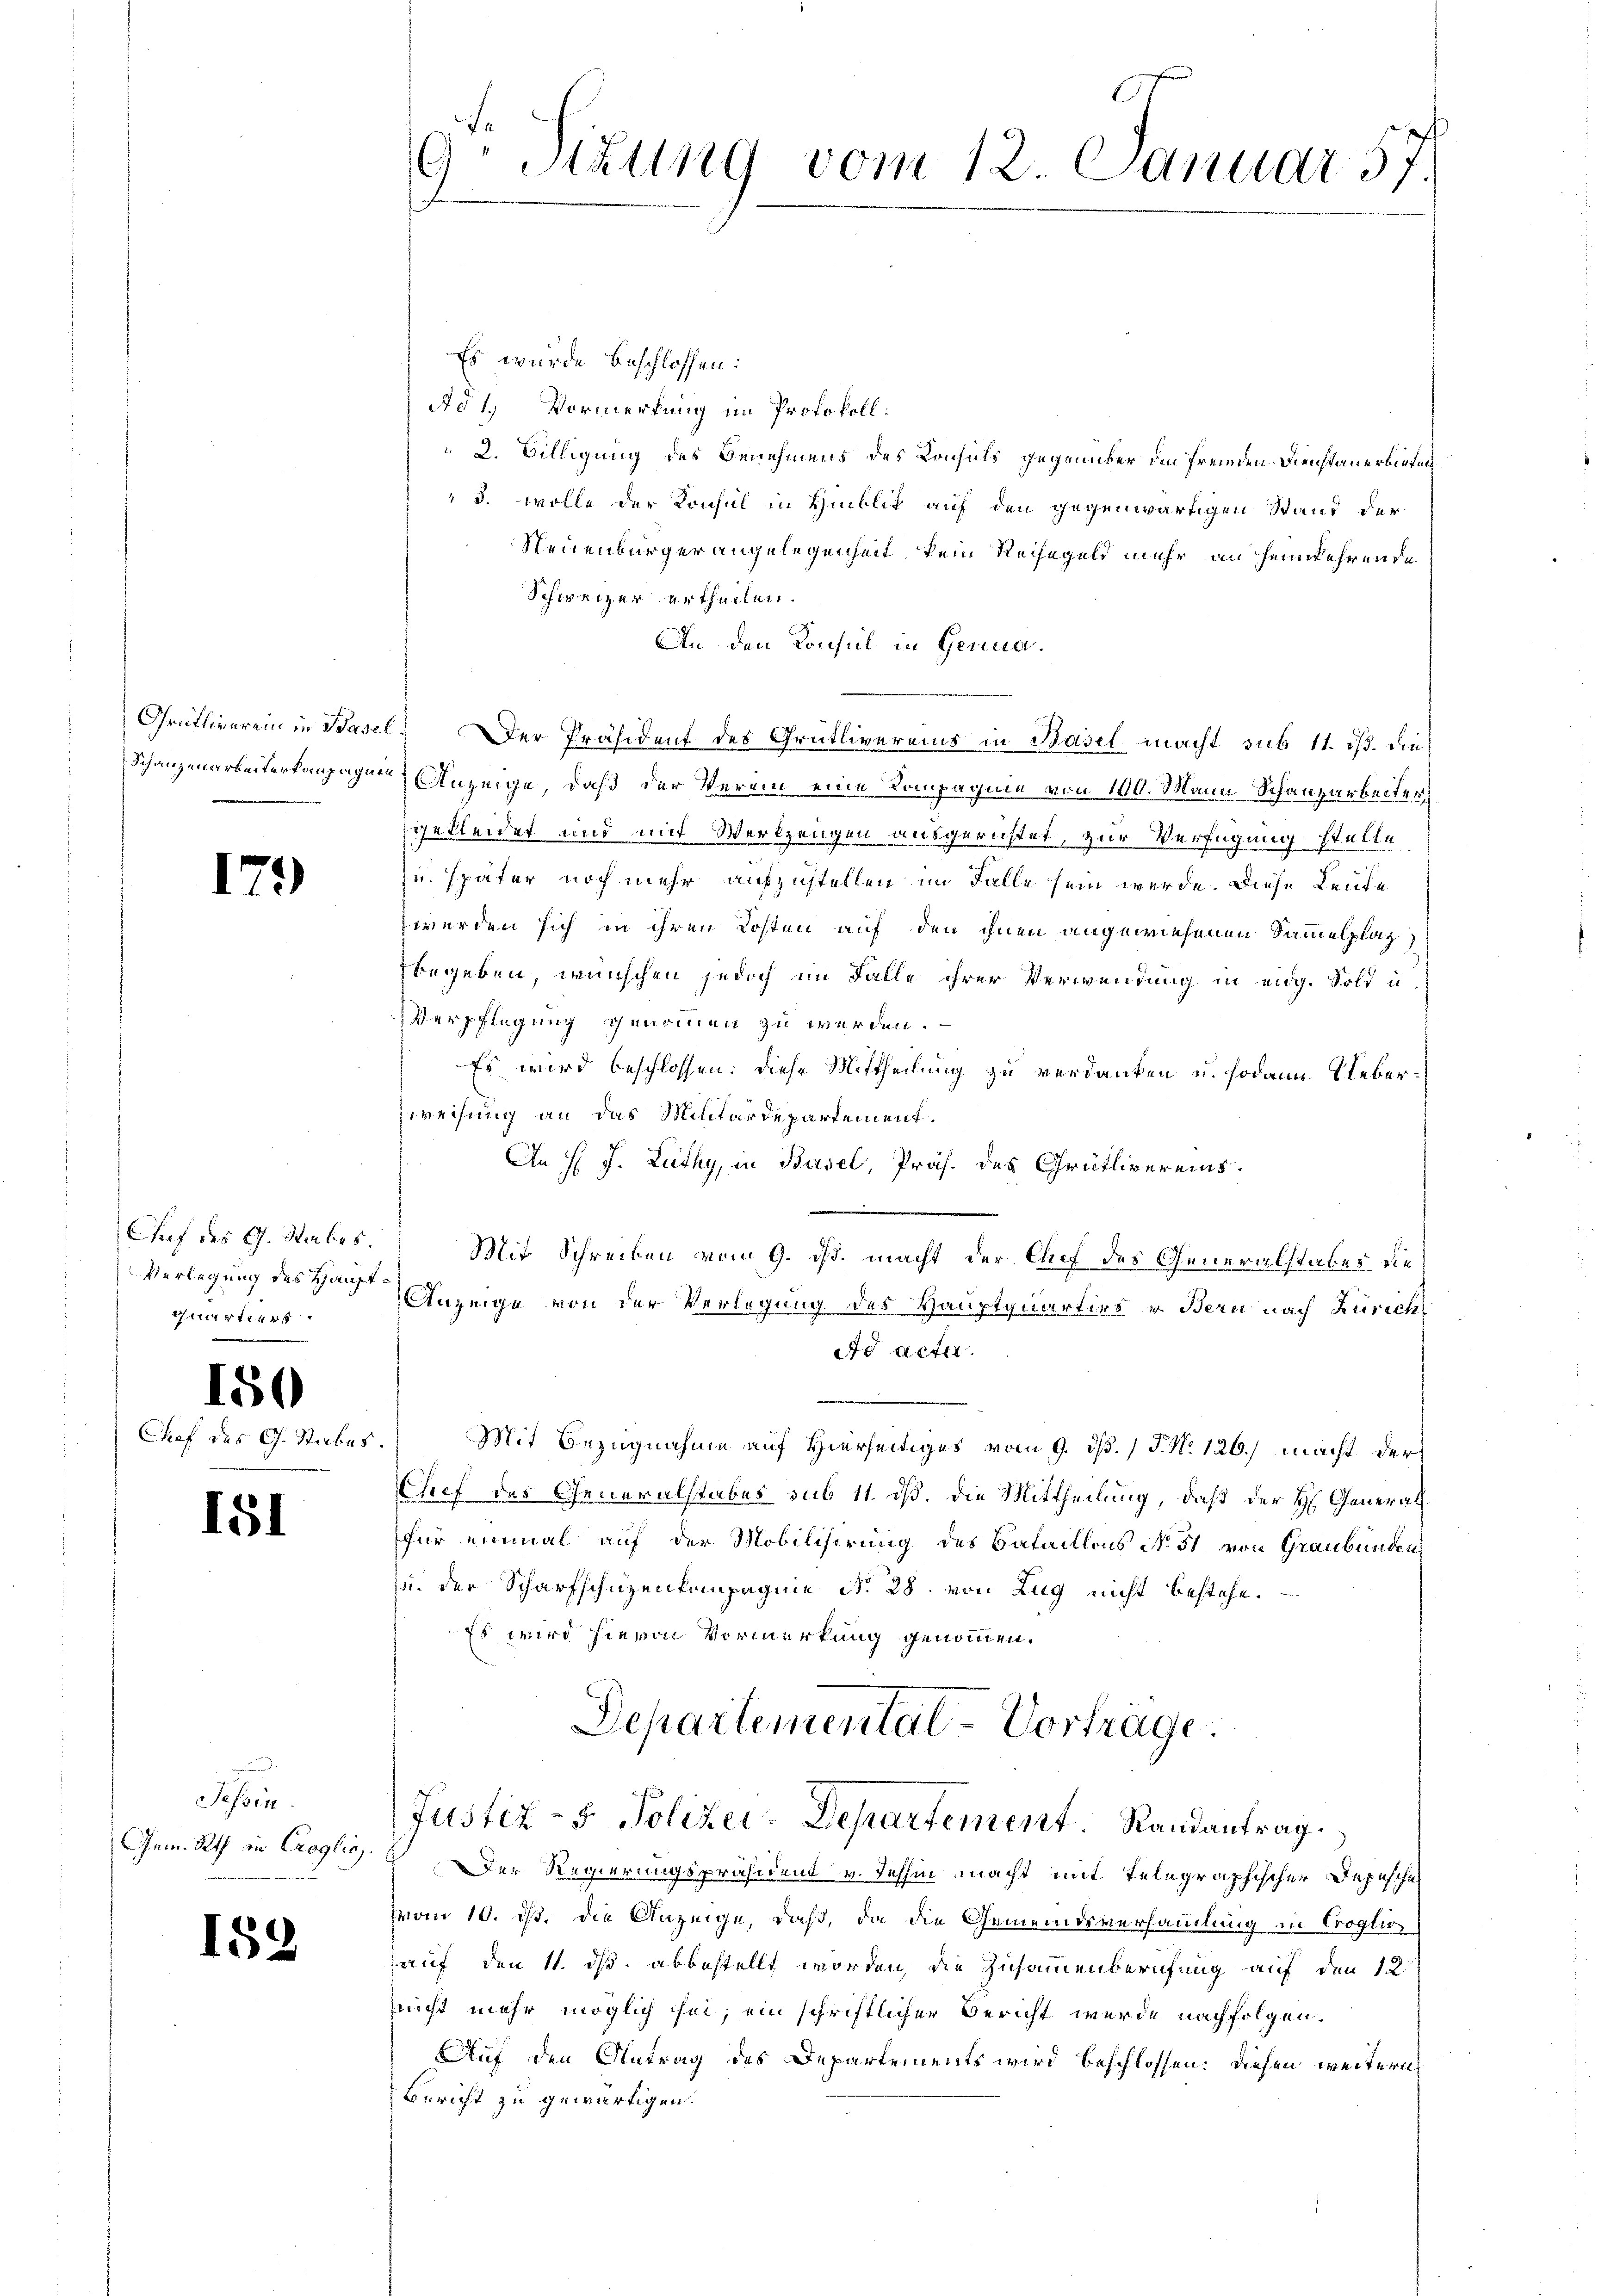
179

Verlegung des Hauptartiers

150

Chef des G. Stabe

151

Jessen.
Gem. Rath in Croglio,

159

9Stzung vom 12. Januar 57.

Es wurde beschlossen:
Ad 1., Vormerkung im Protokoll:
2. Billigung des Benehmens des Konsuls gegenüber den fremden Dienstauerbieten¬
3. wolle der Konsul in Hinblit auf den gegenwärtigen Stand der
Neuenburger angelegenheit, kein Reisegeld mehr an heimkehrende
Schweizer ertheilen.
An den Konsul in Genua¬
Grütliverein in Basel. Der Präsident des Grütlivereins in Basel macht sub 11. ds. die
Schanzenarbeitertenpagate Anzeige, daß der Verein eine Kompagnie von 100. Mann Schanzarbeiten
gekleidet und mit Werkzeugen ausgerichtet, zur Verfügung stelle
zu später noch mehr aufzustellen im Falle sein werde. Diese Leute
werden sich in ihren Kosten auf den ihnen angewiesenen Sammelplat
begeben, wünschen jedoch im Falle ihrer Verwendung in eidg. Sold u
Verpflegung genommen zu werden.
Es wird beschlossen: diese Mittheilung zu verdanken u. sodann Ueber¬
Zweifung an das Militärdepartement.
An J. J. Lüthy, in Basel, Präs. des Grütlivereins.
Chef des G. Sabes. Mit Schreiben vom 9. ds. macht der Chef des Generalstabes die
Anzeige von der Verlegung des Hauptquartirs v. Bern nach Zürich
ad acta
r. Mit Bezugnahme auf Hierseitiges vom 9. ds. / P. N. 126. macht der
Chef des Generalstabes sub 11. ds. die Mittheilung, daß der H. Generalfür einmal auf der Mobilisirung des Bataillons No 51 von Graubünden
u. der Scharfschüzenkompagnie N. 28. von Zug nicht bestehe.
Es wird hievon Vormerkung genommen.
Departementat-Vorträge.

Justiz- & Polizei-Departement. Randantrag

Der Regierungspräsidend v. Jehhin macht mit Telegraphischen Depesche
von 10. ist. Die Anzeige, daß, da die Gemeindsversammlung in Croglic
auf den 11. ds. abbestellt worden, die Zusammenberufung auf den 12
nicht mehr möglich sei; ein schriftlicher Bericht wurde nachfolgen.
Auf den Antrag des Departements wird beschlossen: diesen weitern
Bericht zu gewärtigen.